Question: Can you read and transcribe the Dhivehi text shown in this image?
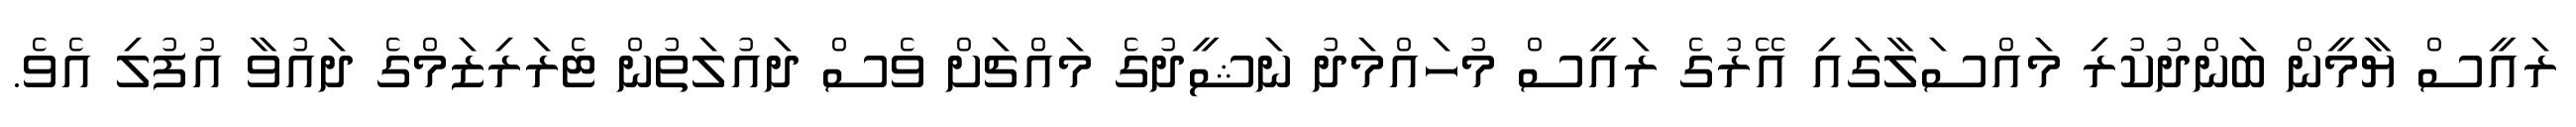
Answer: ރައީސް ޔާމީން ބަންދުކުރި މައްސަލާގައި އޭރުގެ ރައީސް މުހައްމަދު ނަޝީދުގެ މައްޗަށް ވެސް ދައުލަތުން ޓެރަރިޒަމްގެ ދައުވާ އުފުލި އެވެ.